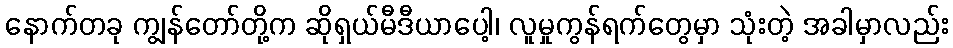
နောက်တခု ကျွန်တော်တို့က ဆိုရှယ်မီဒီယာပေါ့၊ လူမှုကွန်ရက်တွေမှာ သုံးတဲ့ အခါမှာလည်း